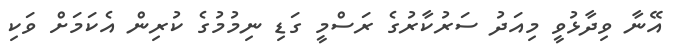
އޭނާ ވިދާޅުވީ މިއަދު ސަރުކާރުގެ ރަސްމީ ގަޑި ނިމުމުގެ ކުރިން އެކަމަށް ވަކި